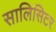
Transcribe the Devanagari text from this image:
सालिसिटर